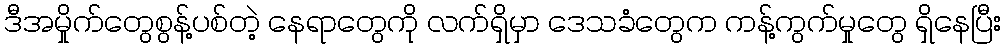
ဒီအမှိုက်တွေစွန့်ပစ်တဲ့ နေရာတွေကို လက်ရှိမှာ ဒေသခံတွေက ကန့်ကွက်မှုတွေ ရှိနေပြီး